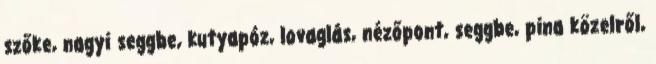
szőke, nagyi seggbe, kutyapóz, lovaglás, nézőpont, seggbe, pina közelről,